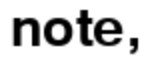
note,